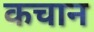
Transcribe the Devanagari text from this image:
कचान